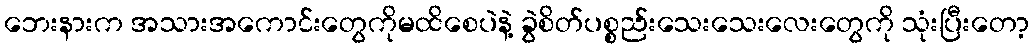
ဘေးနားက အသားအကောင်းတွေကိုမထိစေပဲနဲ့ ခွဲစိတ်ပစ္စည်းသေးသေးလေးတွေကို သုံးပြီးတော့